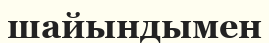
шайындымен